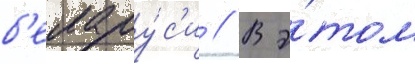
б'елару́с'и // В э́том